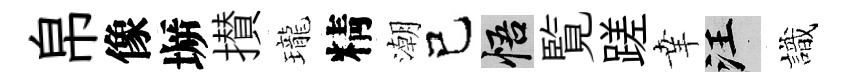
帛像󶱲攅瓏精潮己悟覧蹉𦍒汪識